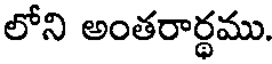
లోని అంతరార్థము.